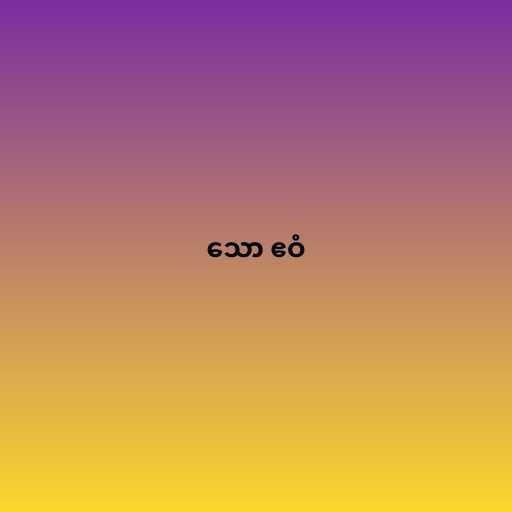
သော ဧဝံ